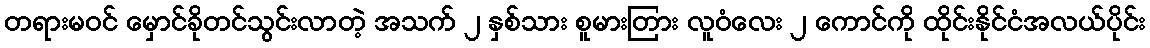
တရားမဝင် မှောင်ခိုတင်သွင်းလာတဲ့ အသက် ၂ နှစ်သား စူမားတြား လူဝံလေး ၂ ကောင်ကို ထိုင်းနိုင်ငံအလယ်ပိုင်း